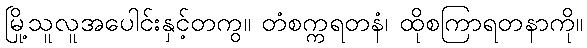
မြို့သူလူအပေါင်းနှင့်တကွ။ တံစက္ကရတနံ၊ ထိုစကြာရတနာကို။